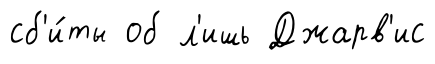
сб'и́ты об л'ишь Джарв'ис